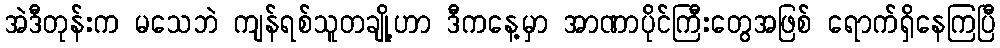
အဲဒီတုန်းက မသေဘဲ ကျန်ရစ်သူတချို့ဟာ ဒီကနေ့မှာ အာဏာပိုင်ကြီးတွေအဖြစ် ရောက်ရှိနေကြပြီ